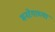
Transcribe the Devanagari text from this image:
मनरेगाच्या